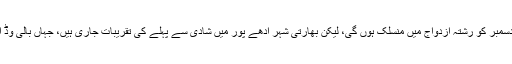
ایشا امبانی ایک اور ارب پتی تاجر کے بیٹے آنند پیرامل کے ساتھ 12 دسمبر کو رشتہ ازدواج میں منسلک ہوں گی، لیکن بھارتی شہر ادھے پور میں شادی سے پہلے کی تقریبات جاری ہیں، جہاں بالی وڈ اسٹارز نے بڑی تعداد میں شرکت کی اور تقریب کو چار چاند لگا دیئے۔